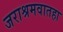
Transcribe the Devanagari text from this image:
जराश्रमवातहा